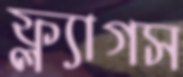
ফ্ল্যাগস